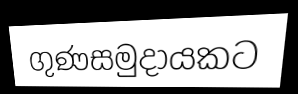
ගුණසමුදායකට